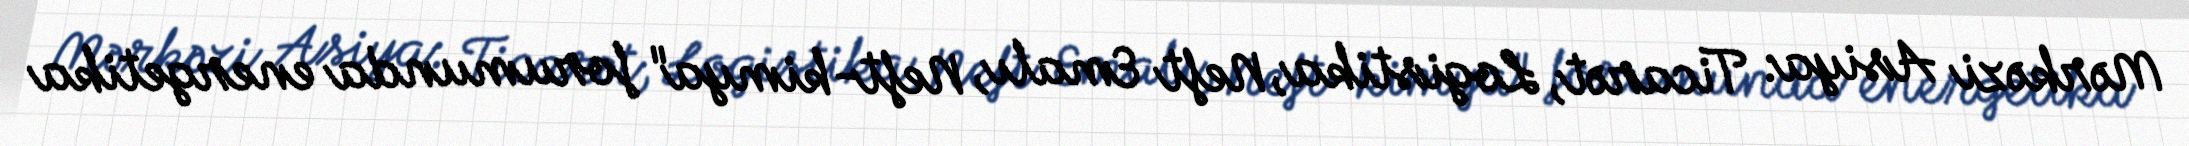
Mərkəzi Asiya: Ticarət, Logistika, Neft Emalı, Neft-kimya" forumunda energetika